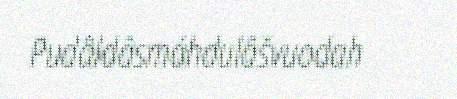
Pudâldâsmáhdulâšvuodah